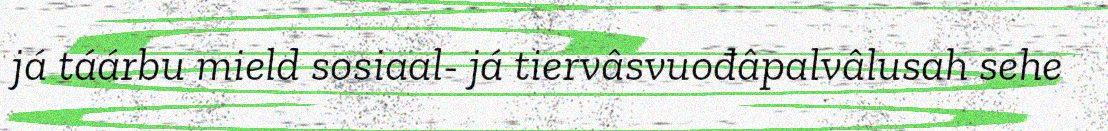
já táárbu mield sosiaal- já tiervâsvuođâpalvâlusah sehe